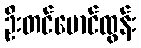
ဦးတင်မောင်ထွန်း